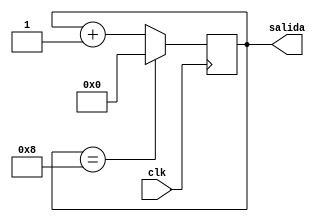
/* Creacion de un contador de 4 bits con modulo configurable */
module contador4(clk, salida);
  input clk; 
  output [3:0] salida;
  reg [3:0] contador = 0; //Variable contador de 4 bits
  parameter MOD = 9;	//Parametro
  always @(posedge clk)
  begin
    if(contador == (MOD-1))	//Si contador = parametro
      contador <= 0;
    else
      contador <= contador + 1;
  end
  assign salida = contador;
endmodule